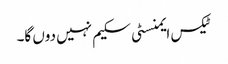
ٹیکس ایمنسٹی سکیم نہیں دوں گا۔